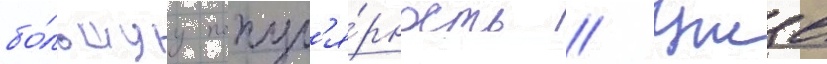
бо́льшуу попул'я́рность // Уже